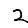
Digit: 2